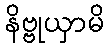
နိဗ္ဗုယှာမိ